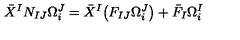
\bar { X } ^ { I } N _ { I J } \Omega _ { i } ^ { J } = \bar { X } ^ { I } \big ( F _ { I J } \Omega _ { i } ^ { J } \big ) + \bar { F } _ { I } \Omega _ { i } ^ { I }